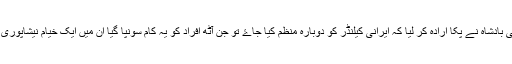
جب سلجوقی بادشاہ نے پکا ارادہ کر لیا کہ ایرانی کیلنڈر کو دوبارہ منظم کیا جاۓ تو جن آٹھ افراد کو یہ کام سونپا گیا ان میں ایک خیام نیشاپوری بھی تھے ۔